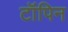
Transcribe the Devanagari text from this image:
टॉपिन